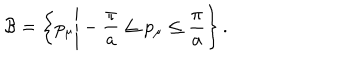
{ \cal B } = \biggl \{ p _ { \mu } \Bigg | - { \displaystyle \frac { \pi } { a } } \le p _ { \mu } \le { \displaystyle \frac { \pi } { a } } \biggr \} \, .